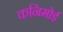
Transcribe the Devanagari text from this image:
कनिमोई